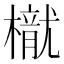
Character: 𣜐